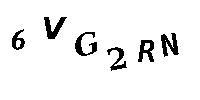
6VG2RN